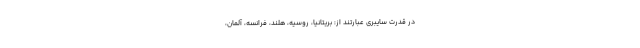
در قدرت سایبری عبارتند از: بریتانیا، روسیه، هلند، فرانسه، آلمان،